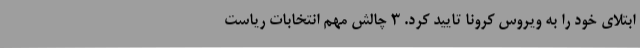
ابتلای خود را به ویروس کرونا تایید کرد. 3 چالش مهم انتخابات ریاست